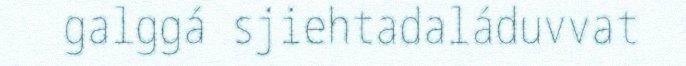
galggá sjiehtadaláduvvat